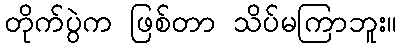
တိုက်ပွဲက ဖြစ်တာ သိပ်မကြာဘူး။